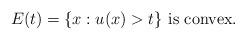
LaTeX: \begin{align*}E (t) = \{ x: u ( x ) > t \} \, \, \mbox{is convex}.\end{align*}